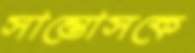
সান্তোসকে